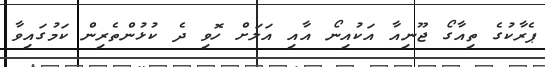
ޕެރާކުގެ ތިއާގޯ ޖޫނިއާ އަކުއިނޯ އާއި އަލަށް ހޮވި ދެ ކުޅުންތެރިން ކަމުގައިވާ